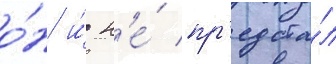
о́н и́ н'е́ пр'едста́л